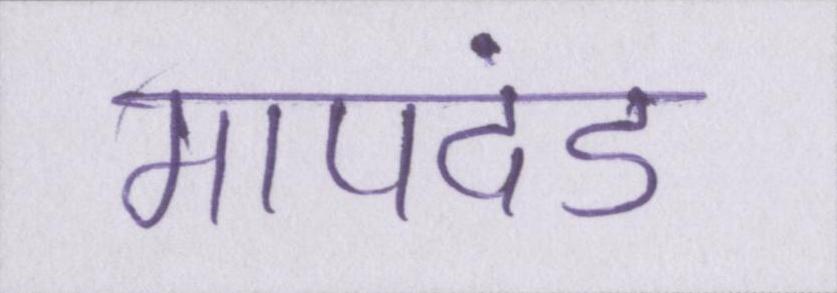
मापदंड